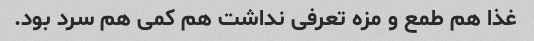
غذا هم طمع و مزه تعرفی نداشت هم کمی هم سرد بود.